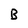
Character: B